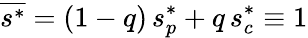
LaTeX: \overline{{s^{*}}}=(1-q)\, s_{p}^{*}+q\, s_{c}^{*}\equiv 1